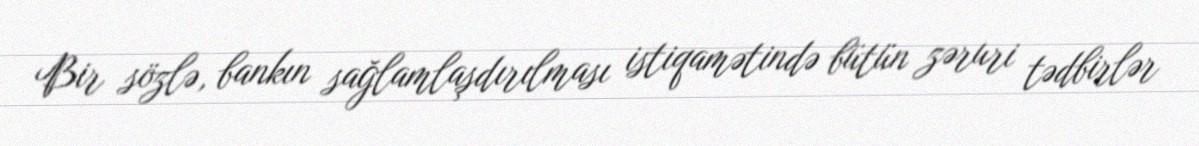
Bir sözlə, bankın sağlamlaşdırılması istiqamətində bütün zəruri tədbirlər